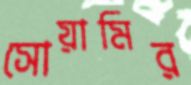
সোয়ামির